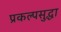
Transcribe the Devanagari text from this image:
प्रकल्पसुद्धा